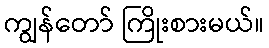
ကျွန်တော် ကြိုးစားမယ်။